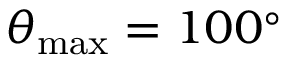
\theta _ { \mathrm { m a x } } = 1 0 0 ^ { \circ }